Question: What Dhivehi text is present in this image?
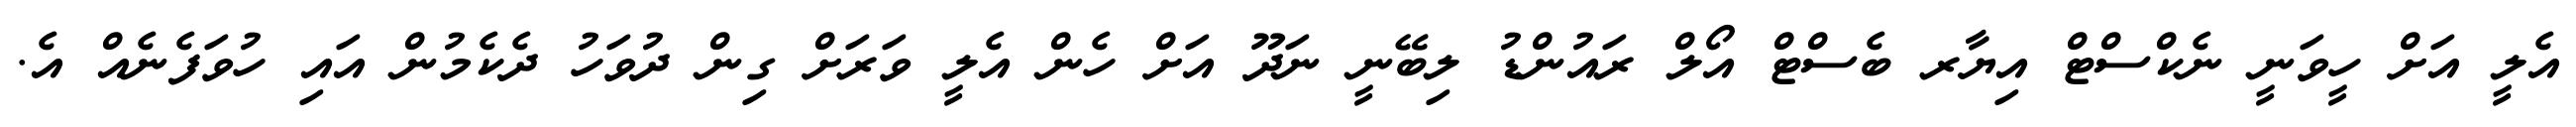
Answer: އެލީ އަށް ހީވަނީ ނެކްސްޓް އިޔާރ ބެސްޓް އޯލް ރައުންޑު ލިބޭނީ ނަދޫ އަށް ހެން އެލީ ވަރަށް ގިން ދުވަހު ދެކެމުން އައި ހުވަފެނެއް އެ.